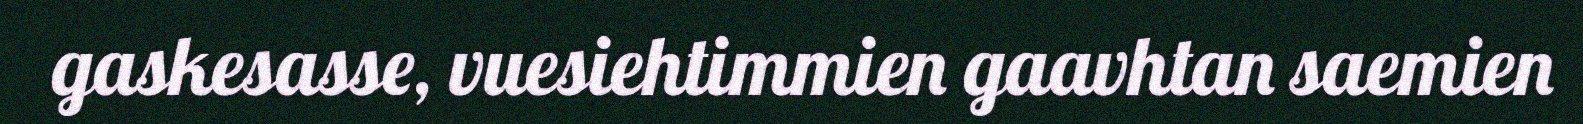
gaskesasse, vuesiehtimmien gaavhtan saemien